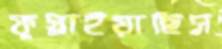
ফুস্‌লাইয়াছিস